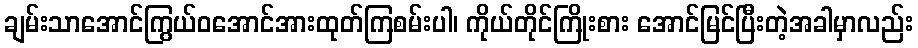
ချမ်းသာအောင်ကြွယ်ဝအောင်အားထုတ်ကြစမ်းပါ၊ ကိုယ်တိုင်ကြိုးစား အောင်မြင်ပြီးတဲ့အခါမှာလည်း